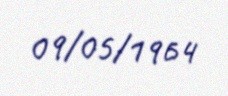
09/05/1964